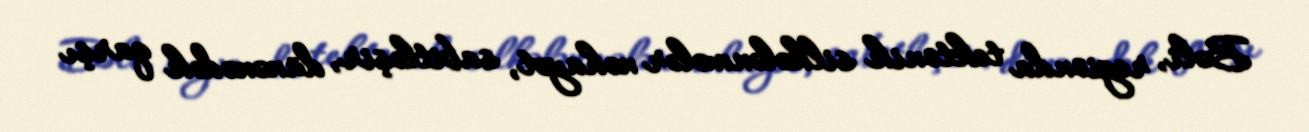
Bəli, regionda tektonik silkələnmələr nəhayət, sabitləşir, dünənədək qarşı